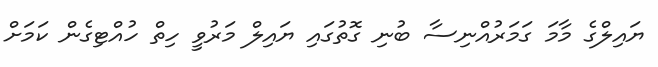
ޔައިލްގެ މާމަ ގަމަރުއްނިސާ ބުނި ގޮތުގައި ޔައިލް މަރުވީ ހިތް ހުއްޓިގެން ކަމަށް